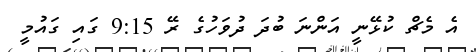
އެ މެޗް ކުޅޭނީ އަންނަ ބުދަ ދުވަހުގެ ރޭ 9:15 ގައި ގައުމީ